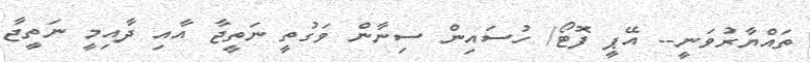
ތައްޔާރުވަނީ-- އޭޕީ ފޮޓޯ/ ހުސައިން ސިނާން ވަގުތީ ނަތީޖާ އާއި ދާއިމީ ނަތީޖާ